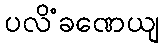
ပလိံခဏေယျ